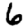
Digit: 6